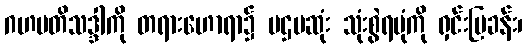
ဂဟပတိသဒ္ဒါကို တရားဟောရာ၌ ပဌမဆုံး သုံးစွဲရပုံကို ရှင်းပြခန်း၊